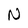
Character: N